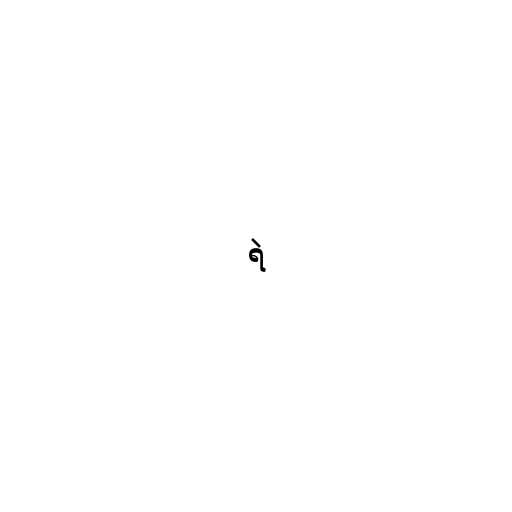
ရဲ